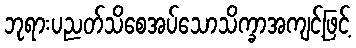
ဘုရားပညတ်သိစေအပ်သောသိက္ခာအကျင့်ဖြင့်